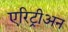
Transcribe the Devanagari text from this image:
एरिट्रीअन